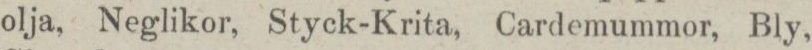
olja, Neglikor, Styck-Krita, Cardemummor, Bly,